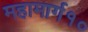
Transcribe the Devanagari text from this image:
महामार्ग१०